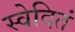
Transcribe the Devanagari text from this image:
स्वेदितं